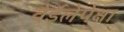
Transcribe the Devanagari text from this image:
वेईलेपेक्षा